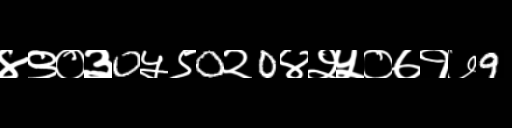
Text: ४९०३0५९0२0४२५०७१७9